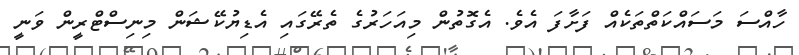
ހާއްސަ މަސައްކަތްތަކެއް ފަށާފަ އެވެ. އެގޮތުން މިއަހަރުގެ ތެރޭގައި އެޑިޔުކޭޝަން މިނިސްޓްރީން ވަނީ